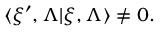
\langle \xi ^ { \prime } , \Lambda | \xi , \Lambda \rangle \not = 0 .